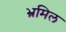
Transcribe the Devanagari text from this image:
भ्रमिल